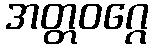
အတ္တဝဂ္ဂေ